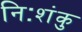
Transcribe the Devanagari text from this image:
निःशंकु